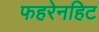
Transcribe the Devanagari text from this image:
फहरेनहिट